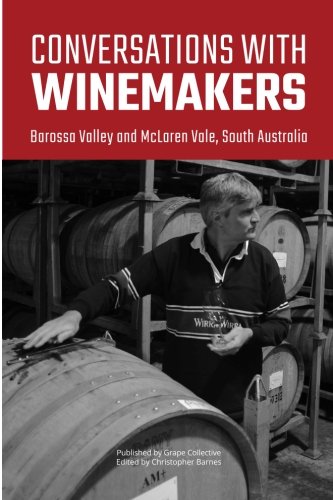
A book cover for Conversations with winemakers: Barossa Valley and McLaren Vale, South Australia; Christopher Barnes; Travel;